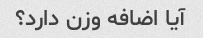
آیا اضافه وزن دارد؟